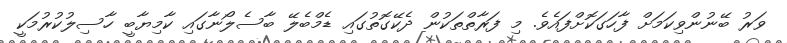
ވަރު ބޭނުންވިކަމަށް ފާހަގަކޮށްފައެވެ. މި ފަރާތްތަކުން ދެކޭގޮތުގައި ޑެމްބެލޭ ބާސެލޯނާގައި ކާމިޔާބީ ހާސިލުކުރުމަކީ